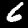
Label: 6